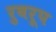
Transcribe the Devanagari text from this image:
रुवरूप